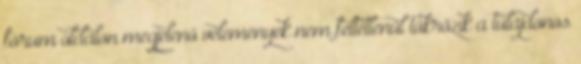
fórum oldalon megjelenő vélemények nem feltétlenűl tükrözik a tulajdonos